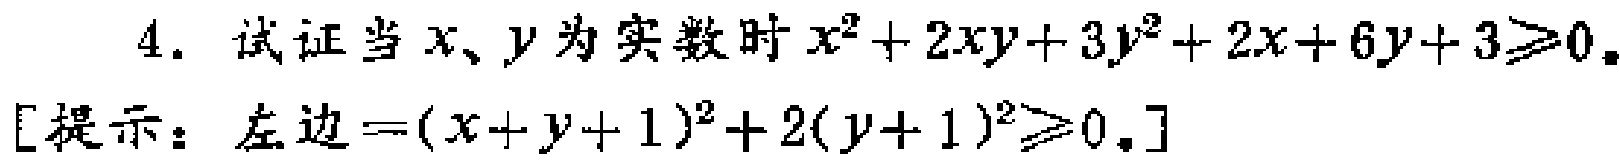
4. 试证当\(x\)、\(y\)为实数时\(x^{2}+2xy + 3y^{2}+2x + 6y + 3\geq0\)。

[提示：左边\(=(x + y + 1)^{2}+2(y + 1)^{2}\geq0\)。]